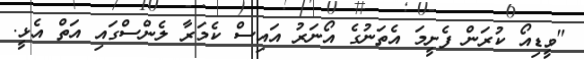
"ވީޑިއޯ ކުރަން ފެށީމަ އެތަނުގެ އޯނަރު އައިސް ކެމަރާ ލެންސްގައި އަތް އެޅީ.